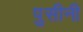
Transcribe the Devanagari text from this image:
पुसीनी